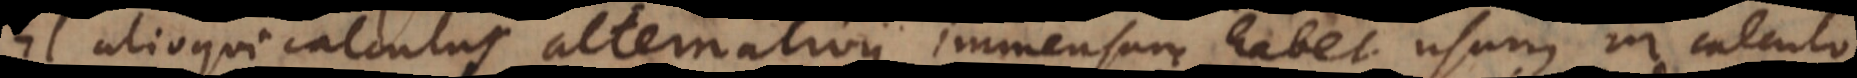
Et alioqui calculus alternativus immensum habet usum in calculo